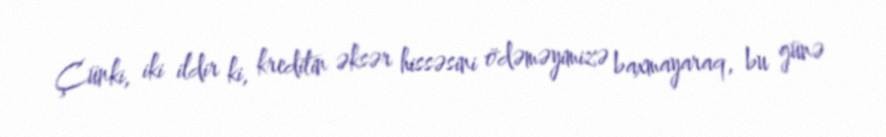
Çünki, iki ildir ki, kreditin əksər hissəsini ödəməyimizə baxmayaraq, bu günə